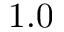
1 . 0